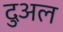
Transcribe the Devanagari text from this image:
दुअल